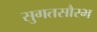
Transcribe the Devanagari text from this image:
सुगतसौरभ